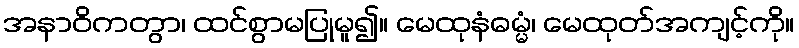
အနာဝိကတွာ၊ ထင်စွာမပြုမူ၍။ မေထုနံဓမ္မံ၊ မေထုတ်အကျင့်ကို။